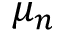
\mu _ { n }